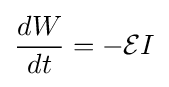
{\frac {dW}{dt}}=-{\mathcal {E}}I